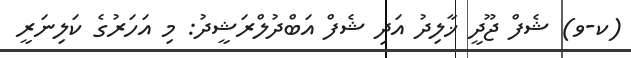
(ކ-ވ) ޝެފް ޖޫދީ ޚާލިދު އަދި ޝެފް އަބްދުލްރަޝީދު: މި އަހަރުގެ ކަލިނަރީ